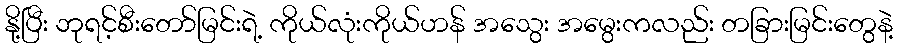
နို့ပြီး ဘုရင့်စီးတော်မြင်းရဲ့ ကိုယ်လုံးကိုယ်ဟန် အသွေး အမွေးကလည်း တခြားမြင်းတွေနဲ့